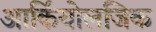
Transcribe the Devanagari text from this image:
आर्कियोलजिक